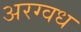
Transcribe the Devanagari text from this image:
अरग्वध